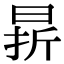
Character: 𣇄